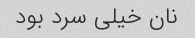
نان خیلی سرد بود